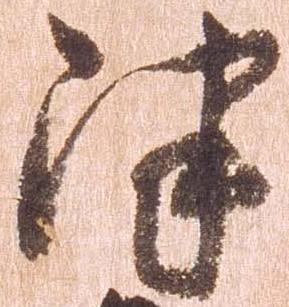
津